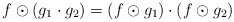
\begin{align*}f\odot (g_1\cdot g_2)=(f\odot g_1)\cdot (f\odot g_2)\end{align*}